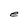
Character: e